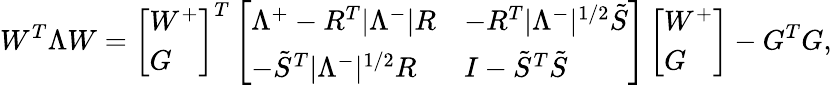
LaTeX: W^{T}\Lambda W=\left[\begin{array}{l}{W^{+}}\\ {G}\end{array}\right]^{T}\left[\begin{array}{ll}{\Lambda^{+}-R^{T}|\Lambda^{-}|R}&{-R^{T}|\Lambda^{-}|^{1/2}\tilde{S}}\\ {-\tilde{S}^{T}|\Lambda^{-}|^{1/2}R}&{I-\tilde{S}^{T}\tilde{S}}\end{array}\right]\left[\begin{array}{l}{W^{+}}\\ {G}\end{array}\right]-G^{T}G,